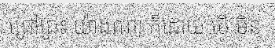
ជ្រៅជ្រះ យ៉ាងណា ក៏ដោយ បើ មិន